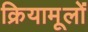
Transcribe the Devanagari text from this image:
क्रियामूलों